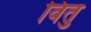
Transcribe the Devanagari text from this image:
वितु